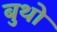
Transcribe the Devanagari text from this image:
बुथो